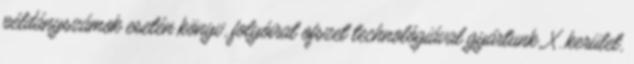
példányszámok esetén könyv, folyóirat ofszet technológiával gyártunk. X. kerület,